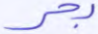
بحر